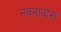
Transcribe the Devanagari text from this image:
नवनाथांना